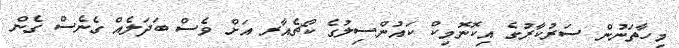
މިހާތަނުން ސަރުކާރުގެ އިކޮނޮމިކް ކައުންސިލުގެ ކޯޗެއާރ އަށް ވެސް ބަދަލެއް ގެނެސް ގެން